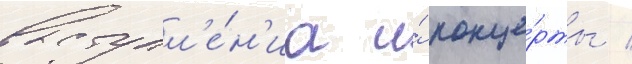
выступл'е́н'иа и́ конце́рты /